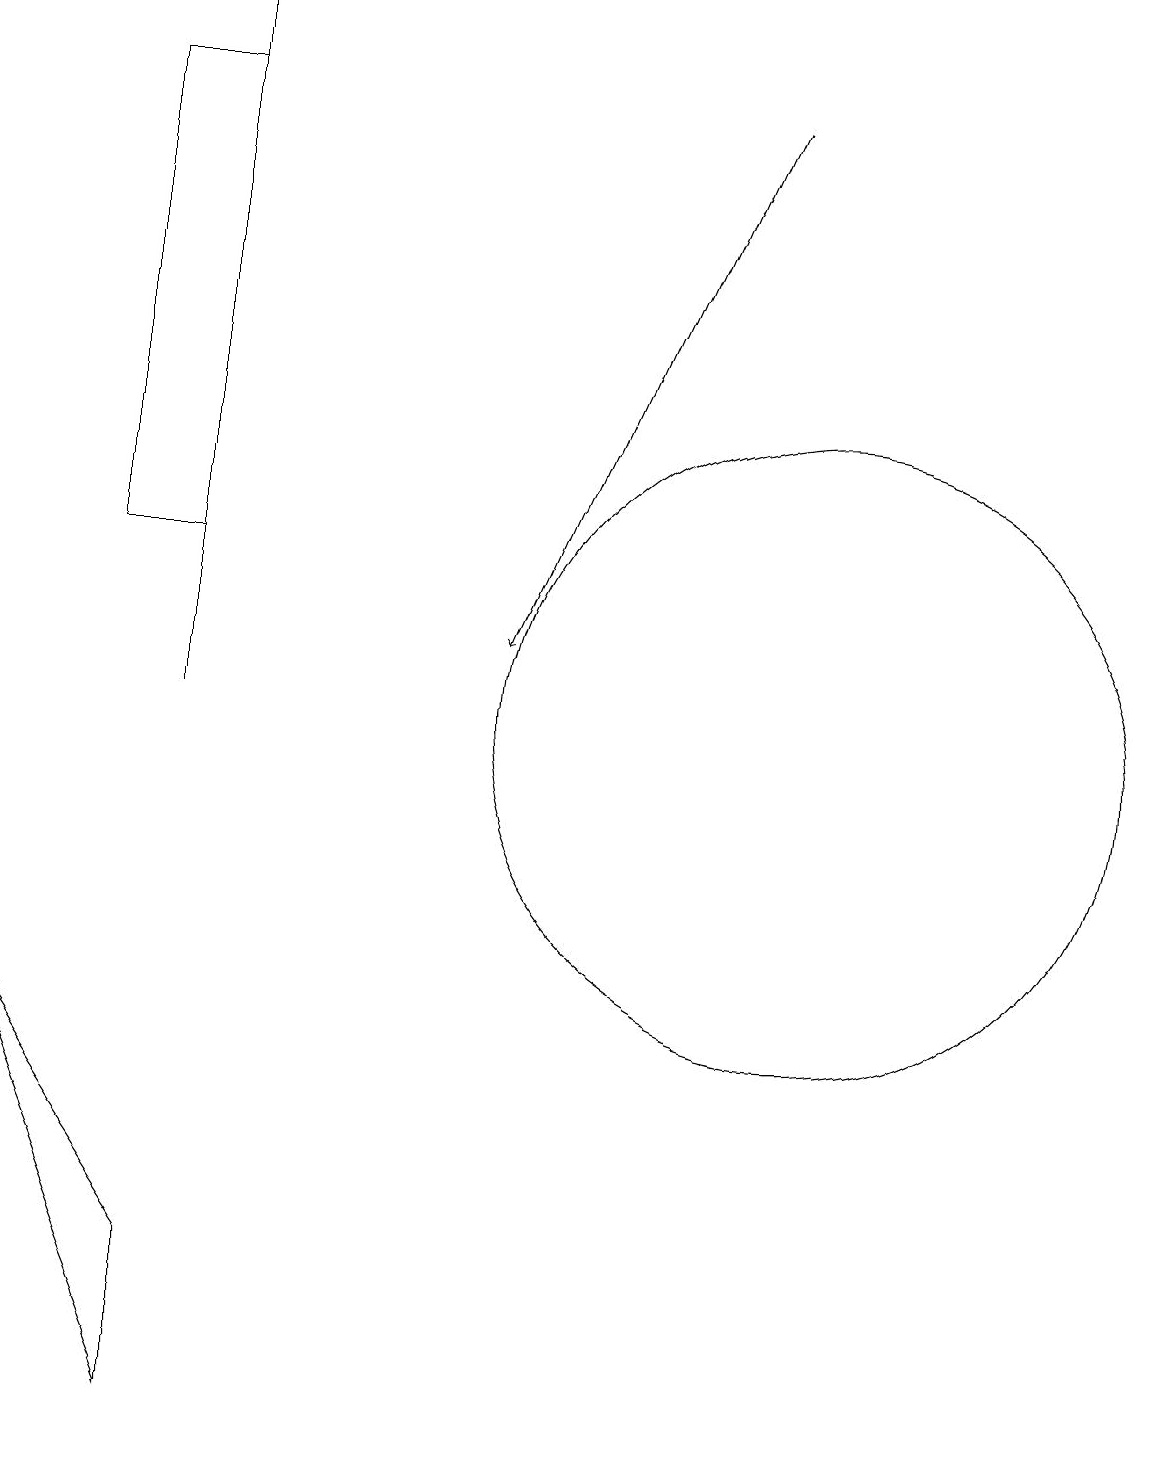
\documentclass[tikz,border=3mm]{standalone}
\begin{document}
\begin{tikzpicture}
\draw (10,10) circle (4);
\draw[->] (2,10) -- (2,19);
\draw[->] (9,18) -- (6,11);
\draw (0,6) -- (2,1) -- (2,3) -- cycle;
\draw (1,18) rectangle (2,12);
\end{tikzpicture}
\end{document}